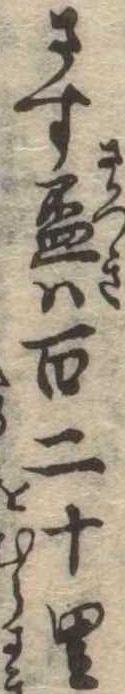
さす杯は百二十里